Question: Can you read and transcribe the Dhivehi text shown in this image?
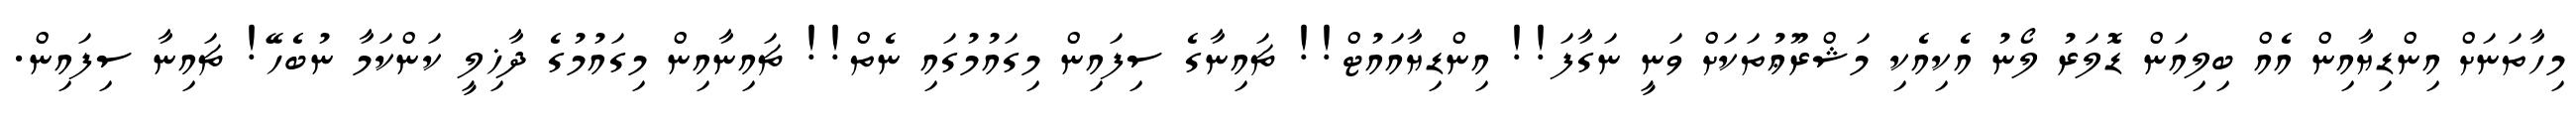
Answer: މިހާތަނަށް އިންޑިޔާއިން އެއް ބިލިއަން ޑޮލަރު ލޯނު އެކިއެކި މަޝްރޫޢުތަކަށް ވަނީ ނަގާފަ!! އިންޑިޔާއައުޓް!! ޗައިނާގެ ސިފައިން މިގައުމުގައި ނެތް!! ޗައިނާއިން މިގައުމުގެ ދާޚިލީ ކަންކަމާ ނުބެހޭ! ޗައިނާ ސިފައިން.